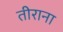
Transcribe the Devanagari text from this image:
तीराना